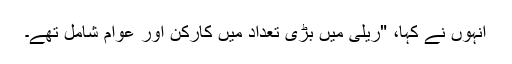
انہوں نے کہا، "ریلی میں بڑی تعداد میں کارکن اور عوام شامل تھے۔